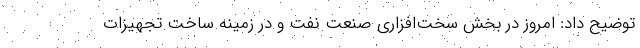
توضیح داد: امروز در بخش سخت‌افزاری صنعت نفت و در زمینه ساخت تجهیزات